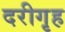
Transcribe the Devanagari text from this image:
दरीगृह